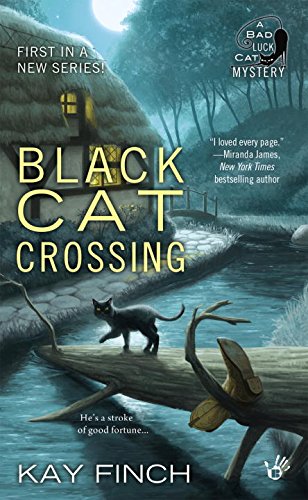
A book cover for Black Cat Crossing: A Bad Luck Cat Mystery; Kay Finch; Mystery, Thriller & Suspense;